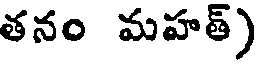
తనం మహత్)